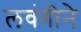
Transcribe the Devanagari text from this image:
लवंगीने